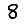
Digit: 8